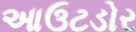
આઉટડોર